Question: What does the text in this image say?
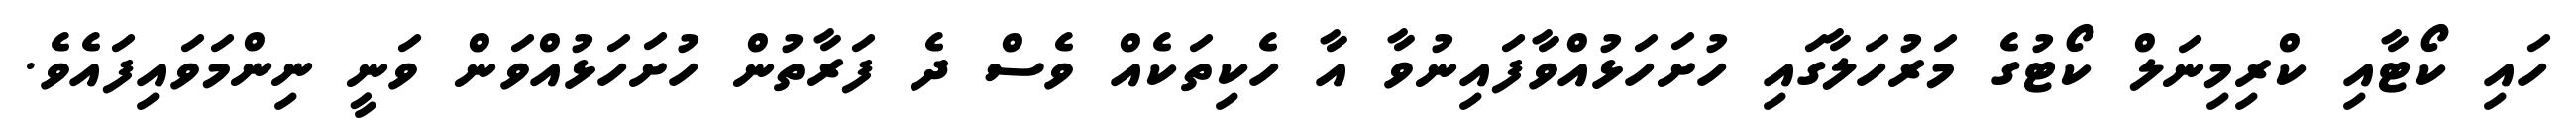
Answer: ހައި ކޯޓާއި ކްރިމިނަލް ކޯޓުގެ މަރުހަލާގައި ހުށަހަޅުއްވާފައިނުވާ އާ ހެކިތަކެއް ވެސް ދެ ފަރާތުން ހުށަހަޅުއްވަން ވަނީ ނިންމަވައިފައެވެ.